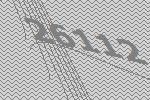
26112